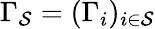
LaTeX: \Gamma_{\mathcal{S}}=(\Gamma_{i})_{i\in\mathcal{S}}